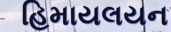
હિમાયલયન